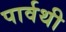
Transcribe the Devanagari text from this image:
पार्वथी